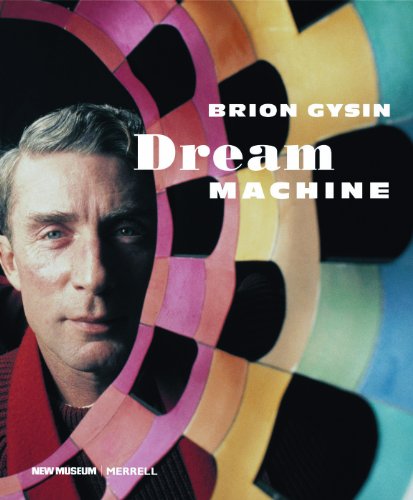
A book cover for Brion Gysin: Dream Machine; Laura Hoptman; Arts & Photography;